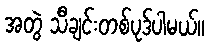
အတွဲ သီချင်းတစ်ပုဒ်ပါမယ်။